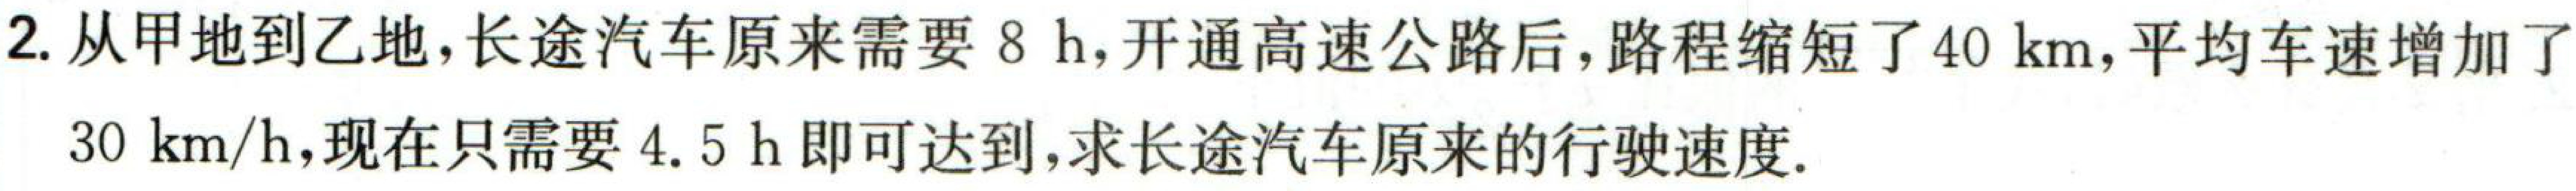
2. 从甲地到乙地，长途汽车原来需要 \(8\) h，开通高速公路后，路程缩短了 \(40\) km，平均车速增加了 \(30\) km/h，现在只需要 \(4.5\) h 即可达到，求长途汽车原来的行驶速度.